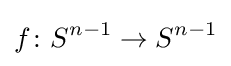
f\colon S^{n-1}\to S^{n-1}